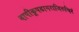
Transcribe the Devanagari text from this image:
वापीकूपडागराजिरुचिरं